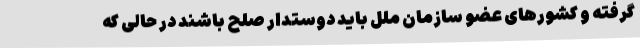
گرفته و کشورهای عضو سازمان ملل باید دوستدار صلح باشند در حالی که